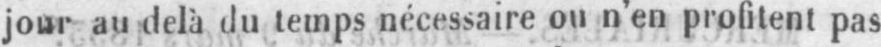
jour au delà du temps nécessaire ou n’en profitent pas